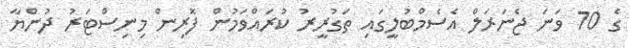
ގެ 70 ވަނަ ޖެނަރަލް އެސެމްބުލީގައި ތަގުރީރު ކުރައްވަމުން ފޮރިން މިނިސްޓަރު ދުންޔާ